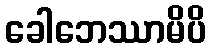
ခေါဘေဿာမိပိ